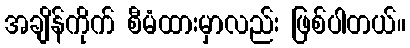
အချိန်ကိုက် စီမံထားမှာလည်း ဖြစ်ပါတယ်။